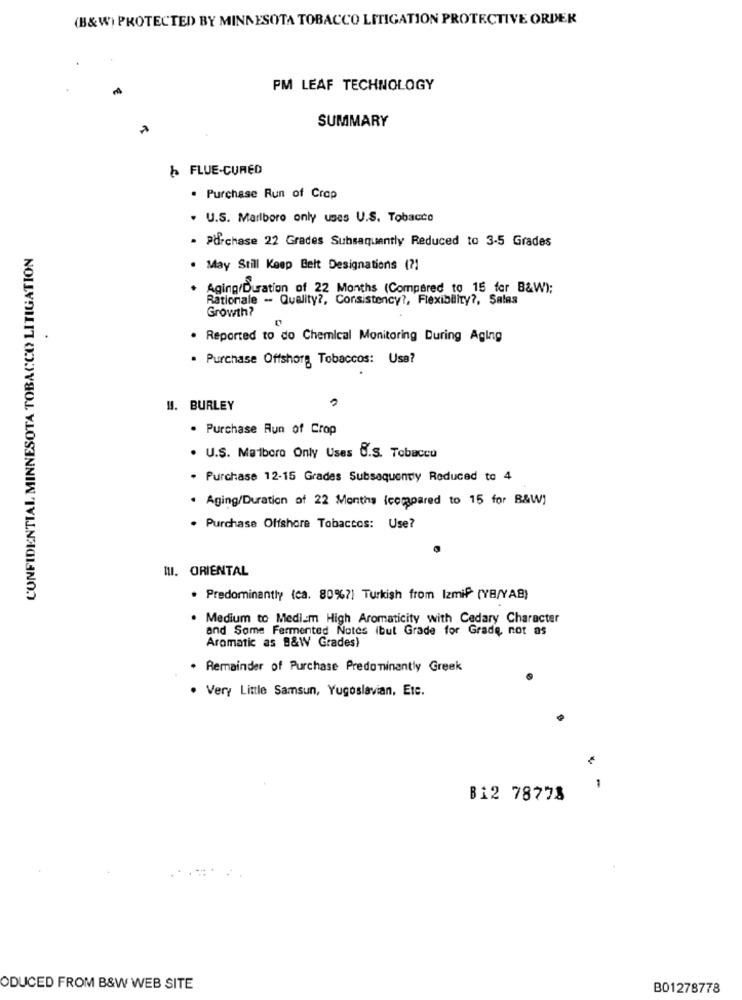
(B&W) PROTECTED BY MINNESOTA TOBACCO LITIGATION PROTECTIVE ORDER
PM LEAF TECHNOLOGY
SUMMARY
৳ FLUE-CURED
. Purchase Run of Crop
. U.S. Marlboro only uses U.S. Tobacco
CONFIDENTIAL MINNESOTA TOBACCO LITIGATION
. Purchase 22 Grades Subsequently Reduced to 3-5 Grades
. May Still Keep Belt Designations ( ?!
Aging/Duration of 22 Months (Compared to 15 for B&W);
Rationale - Quality ?, Consistency ?, Flexibility ?, Salas
Growth?
· Reported to do Chemical Monitoring During Aging
. Purchase Offshore Tobaccos: Usa?
HI. BURLEY
. Purchase Run of Crop
. U.S. Maiboro Only Uses C.S. Tobacco
. Purchase 12-15 Grades Subsequenty Reduced to 4
. Aging/Duration of 22 Months (compared to 15 for B&W]
. Purchase Offshore Tobaccos: Use?
III. ORIENTAL
. Predominantly (ca. 80%7) Turkish from Izmif (YB/YAB)
. Medium to Mediem High Aromaticity with Cedary Character
and Some Fermented Notes (but Grade for Grade, not as
Aromatic as B&W Grades)
. Remainder of Purchase Predominantly Greek
. Very Little Samsun, Yugoslavian, Ete.
Bi2 78778
ODUCED FROM B&W WEB SITE
B01278778